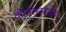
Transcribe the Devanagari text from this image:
दीपोत्सवाला